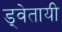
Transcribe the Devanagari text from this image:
ड्वेतायी